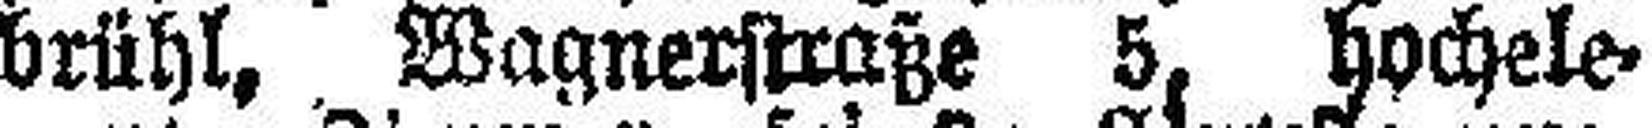
brühl, Wagnerstraße 5. hochele¬